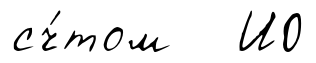
сч́том И0